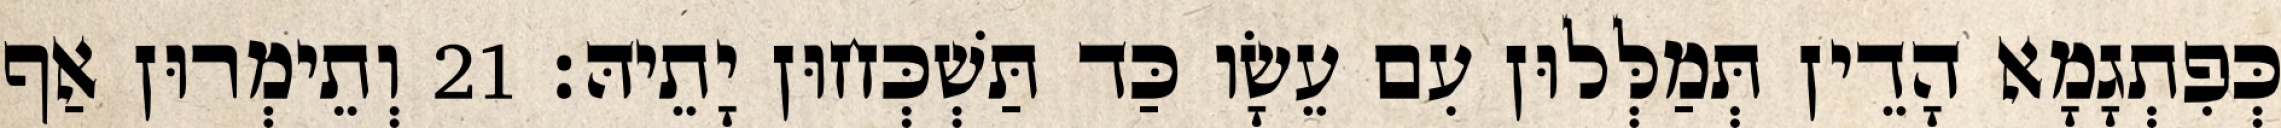
כְּפִתְגָמָא הָדֵין תְּמַלְּלוּן עִם עֵשָׂו כַּד תַּשְׁכְּחוּן יָתֵיהּ׃ 21 וְתֵימְרוּן אַף